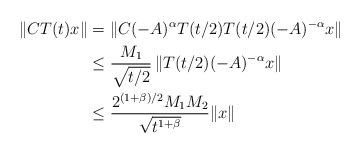
\begin{align*}\|CT(t)x\| &=\|C(-A)^{\alpha } T(t/2) T(t/2) (-A)^{-\alpha }x\| \\&\leq \frac{M_1}{\sqrt{t/2}} \,\| T(t/2) (-A)^{-\alpha }x\| \\&\leq \frac{2^{(1+\beta)/2}M_1M_2}{\sqrt{t^{1+\beta}}}\|x\|\end{align*}